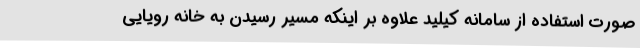
صورت استفاده از سامانه کیلید علاوه بر اینکه مسیر رسیدن به خانه رویایی